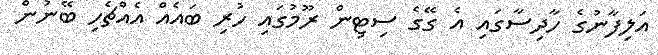
އަލިފާނުގެ ހާދިސާގައި އެ ގޭގެ ސިޓިން ރޫމުގައި ހުރި ބައެއް އެއްޗެހި ބޭނުން